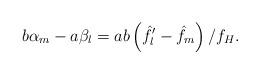
LaTeX: \begin{align*} b{\alpha_m} - a{\beta_l} = ab\left( {{{\hat f'}_l} - {{\hat f}_m}} \right)/{f_H}.\end{align*}